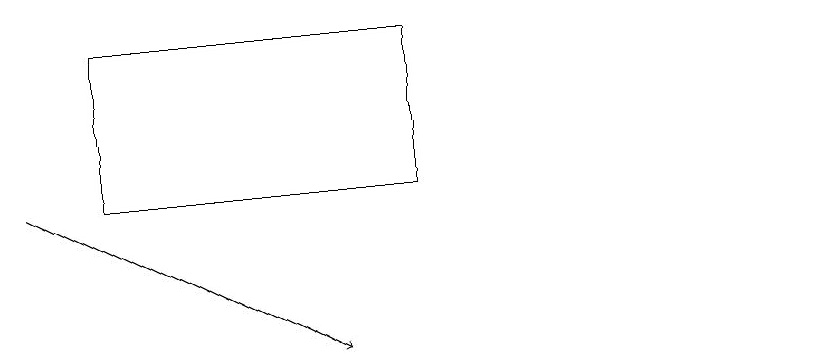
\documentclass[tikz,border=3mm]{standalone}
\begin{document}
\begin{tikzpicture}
\draw (11,11) circle (0);
\draw (6,13) rectangle (2,15);
\draw[->] (1,13) -- (5,11);
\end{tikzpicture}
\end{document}